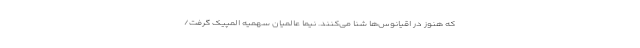
که هنوز در اقیانوس‌ها شنا می‌کنند. نیما عالمیان سهمیه المپیک گرفت/